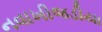
નવાખીજડીયા